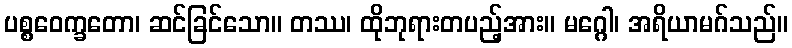
ပစ္စဝေက္ခတော၊ ဆင်ခြင်သော။ တဿ၊ ထိုဘုရားတပည့်အား။ မဂ္ဂေါ၊ အရိယာမဂ်သည်။